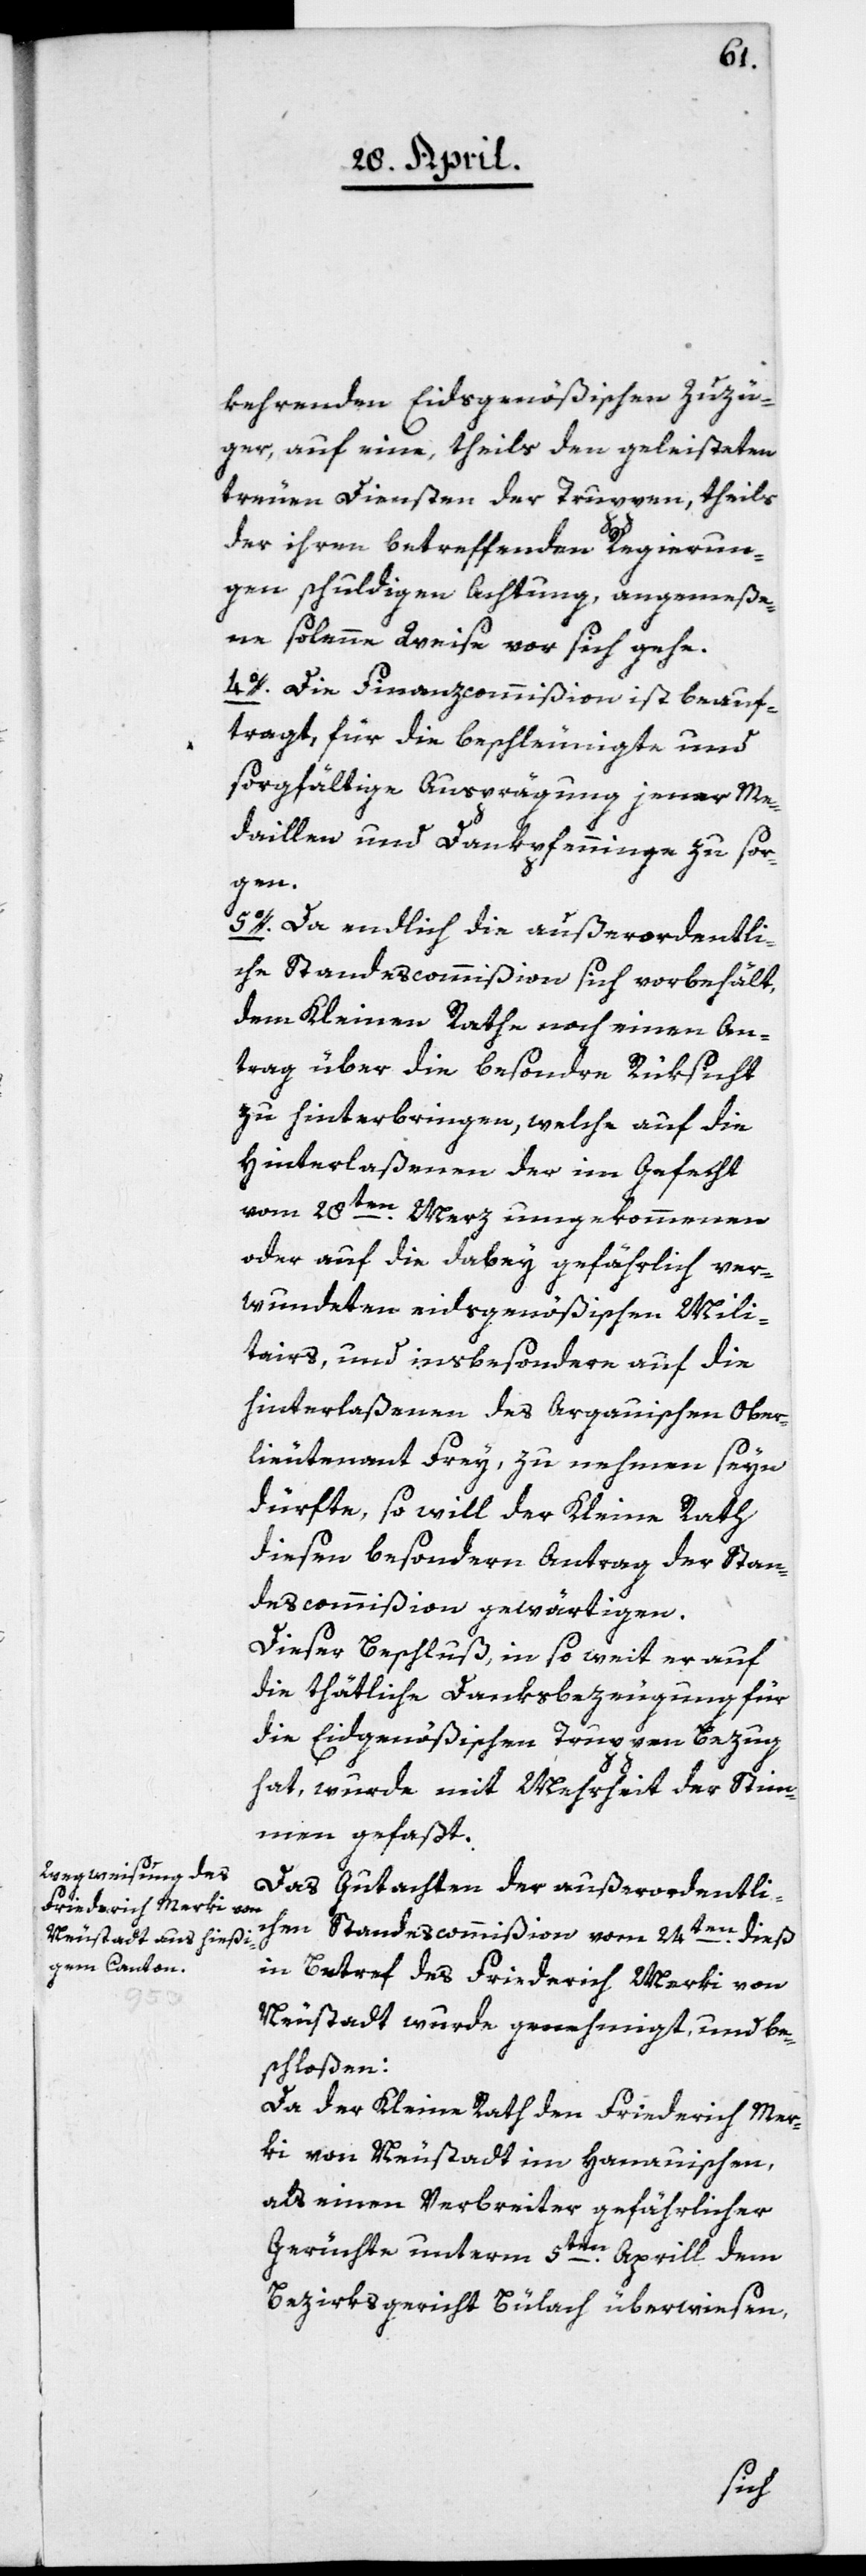
kehrenden Eidsgenößischen Zuzü¬
ger, auf eine, theils den geleisteten
treuen Diensten der Truppen, theils
der ihren betreffenden Regierun¬
gen schuldigen Achtung, angemeße¬
ne solenne Weise vor sich gehe.
4o. Die Finanzcommißion ist beauf¬
tragt, für die beschleunigte und
sorgfältige Ausprägung jener Me¬
daillen und Dankpfenninge zu sor¬
gen.
5o. Da endlich die außerordentli¬
che Standescommißion sich vorbehält,
dem Kleinen Rathe noch einen An¬
trag über die besondre Rüksicht
zu hinterbringen, welche auf die
Hinterlaßenen der im Gefecht
vom 28ten Merz umgekommenen
oder auf die dabey gefährlich ver¬
wundeten eidsgenößischen Mili¬
tairs, und insbesondere auf die
hinterlaßenen des Argauischen Ober¬
lieutenant Frey, zu nehmen seyn
dürfte, so will der Kleine Rath
diesen besondern Antrag der Stan¬
descommißion gewärtigen.
Dieser Beschluß, in so weit er auf
die thätige Danksbezeugung für
die Eidgenößischen Truppen Bezug
hat, wurde mit Mehrheit der Stim¬
men gefaßt.
Das Gutachten der außerordentli¬
chen Standescommißion vom 24ten dieß,
in Betref des Friederich Merki von
Neustadt wurde genehmigt und be¬
schloßen:
Da der Kleine Rath den Friederich Mer¬
ki von Neustadt im Hanauischen,
als einen Verbreiter gefährlicher
Gerüchte unterm 5ten Aprill dem
Bezirksgericht Bülach überwiesen,